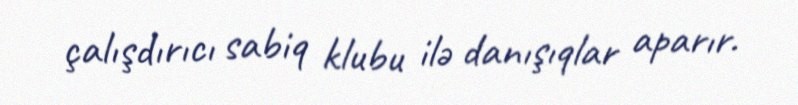
çalışdırıcı sabiq klubu ilə danışıqlar aparır.